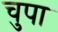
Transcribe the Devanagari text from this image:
चुपा